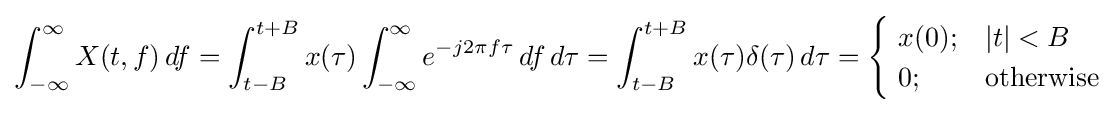
\int _{-\infty }^{\infty }X(t,f)\,df=\int _{t-B}^{t+B}x(\tau )\int _{-\infty }^{\infty }e^{-j2\pi f\tau }\,df\,d\tau =\int _{t-B}^{t+B}x(\tau )\delta (\tau )\,d\tau ={\begin{cases}\ x(0);&|t|<B\\\ 0;&{\text{otherwise}}\end{cases}}